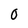
Character: O